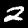
Label: 2